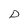
Character: D